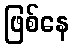
ဖြစ်နေ